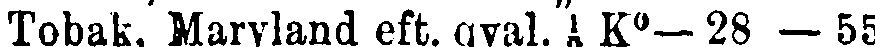
Tobak, Maryland eft. qval. ½ K°- 28 — 55